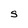
Character: S